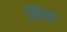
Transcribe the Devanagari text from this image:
सिँचित